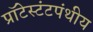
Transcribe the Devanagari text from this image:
प्रॉटेस्टंटपंथीय